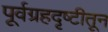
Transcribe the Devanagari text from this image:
पूर्वग्रहदृष्टीतून